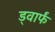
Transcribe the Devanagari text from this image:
ड्वार्फं